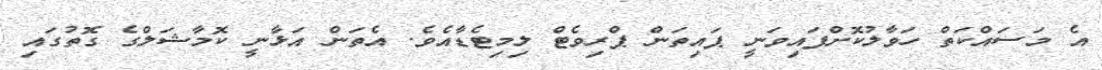
އެ މަސައްކަތް ހަވާލުކޮށްފައިވަނީ ޕައިތަން ޕްރިވެޓް ލިމިޓެޑާއެވެ. އެތަން އަޅާނީ ކޮމާޝަލްގެ ގޮތުގައި